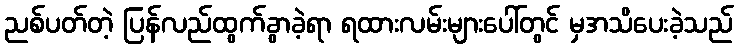
ညစ်ပတ်တဲ့ ပြန်လည်ထွက်ခွာခဲ့ရာ ရထားလမ်းများပေါ်တွင် မှအသိပေးခဲ့သည်